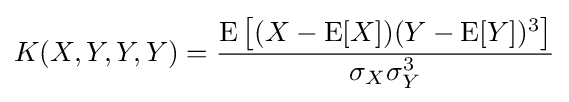
K(X,Y,Y,Y)={\operatorname {E} {{\big [}(X-\operatorname {E} [X])(Y-\operatorname {E} [Y])^{3}{\big ]}} \over \sigma _{X}\sigma _{Y}^{3}}